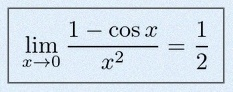
\lim_{x\to0}\frac{1-\cos x}{x^2}=\frac12